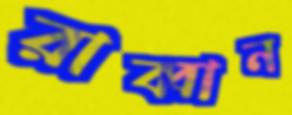
রাব্বান